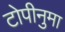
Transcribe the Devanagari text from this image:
टोपीनुमा